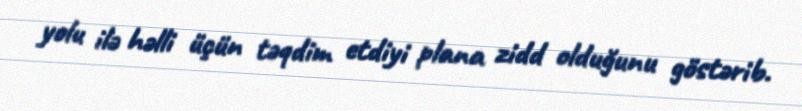
yolu ilə həlli üçün təqdim etdiyi plana zidd olduğunu göstərib.